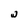
Character: W